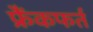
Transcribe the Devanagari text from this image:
फ्रैंकफर्त